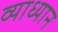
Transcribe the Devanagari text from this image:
व्याध्यान